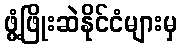
ဖွံ့ဖြိုးဆဲနိုင်ငံများမှ